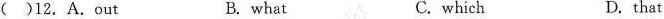
()12. A.Out B. what C. which D. that